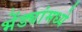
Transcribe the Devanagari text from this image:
भेंड्यांमध्ये